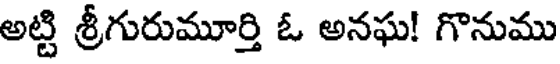
అట్టి శ్రీగురుమూర్తి ఓ అనఘ! గొనుము